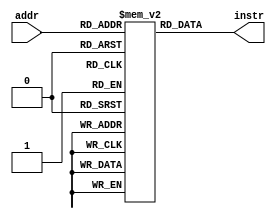
`timescale 1ns / 1ps
//////////////////////////////////////////////////////////////////////////////////
// Company: 
// Engineer: 
// 
// Design Name: 
// Module Name: instruction_memory
// Project Name: 
// Target Devices: 
// Tool Versions: 
// Description: 
// 
// Dependencies: 
// 
// Revision:
// Revision 0.01 - File Created
// Additional Comments:
// 
//////////////////////////////////////////////////////////////////////////////////


module instruction_memory(
    input [7:0] addr,
    output [16:0] instr
);
    reg [16:0] mem [0:255];
    initial begin
	  mem[0] = 17'b01001001xxxxxxxxx;
     mem[1] = 17'b10111010001xxx100;
     mem[2] = 17'b00111010010xxx100;
     mem[3] = 17'b00111011001xxx100;
     mem[4] = 17'b01000xxx010011xxx;
     mem[5] = 17'b00100xxx000xxxxxx;
	 end
    assign instr = mem[addr];
endmodule